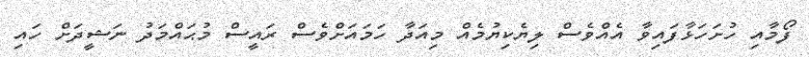
ފޯމާއި ހުށަހަޅާފައިވާ އެއްވެސް ލިޔެކިޔުމެއް މިއަދާ ހަމައަށްވެސް ރައީސް މުޙައްމަދު ނަޝީދަށް ހައި